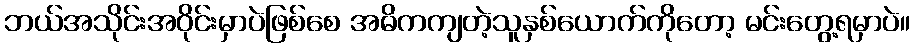
ဘယ်အသိုင်းအဝိုင်းမှာပဲဖြစ်စေ အဓိကကျတဲ့သူနှစ်ယောက်ကိုတော့ မင်းတွေ့ရမှာပဲ။